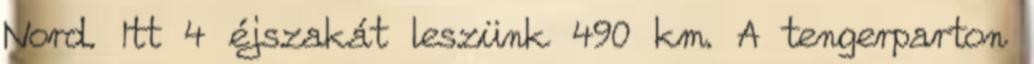
Nord. Itt 4 éjszakát leszünk 490 km. A tengerparton